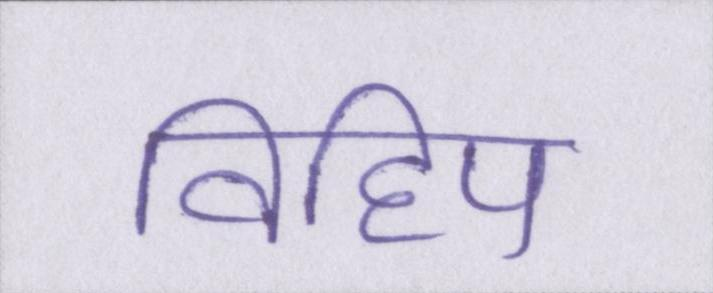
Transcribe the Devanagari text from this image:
विहिप